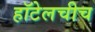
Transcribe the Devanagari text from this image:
हॉटेलचीच